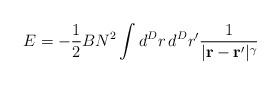
LaTeX: \begin{align*}E=-{1\over2}BN^2\int d^Dr\,d^Dr'{1\over|{\bf r-r'}|^\gamma}\end{align*}